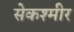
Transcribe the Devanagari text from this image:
सेकश्मीर